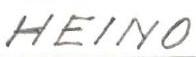
HEINO